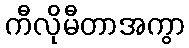
ကီလိုမီတာအကွာ